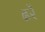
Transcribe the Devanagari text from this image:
ढरें